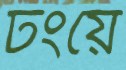
ঢংয়ে